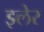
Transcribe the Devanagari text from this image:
इलेर